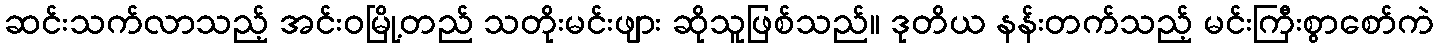
ဆင်းသက်လာသည့် အင်းဝမြို့တည် သတိုးမင်းဖျား ဆိုသူဖြစ်သည်။ ဒုတိယ နန်းတက်သည့် မင်းကြီးစွာစော်ကဲ